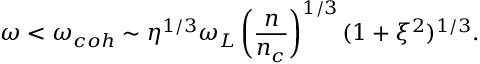
\omega < \omega _ { c o h } \sim \eta ^ { 1 / 3 } \omega _ { L } \left( \frac { n } { n _ { c } } \right) ^ { 1 / 3 } ( 1 + \xi ^ { 2 } ) ^ { 1 / 3 } .